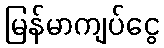
မြန်မာကျပ်ငွေ